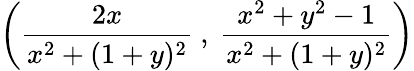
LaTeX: \left({\frac{2x}{x^{2}+(1+y)^{2}}}\ ,\ {\frac{x^{2}+y^{2}-1}{x^{2}+(1+y)^{2}}}\right)